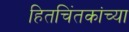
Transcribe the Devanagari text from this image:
हितचिंतकांच्या